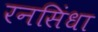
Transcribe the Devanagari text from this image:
रनसिंधा